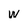
Character: W